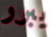
يبرر